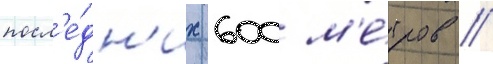
посл'е́дн'их 600 м'е́тров /